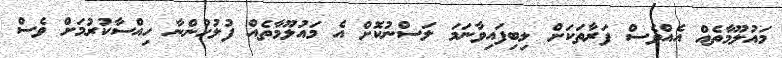
މައުލޫމާތެއް އެއްވެސް ފަރާތަކަށް ލިބިފައިވާނަމަ ލަސްނުކޮށް އެ މައުލޫމާތެއް ފުލުހުންނާ ހިއްސާކުރުމަށް ވެސް